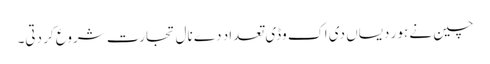
چین نے ہور دیساں دی اک وڈی تعداد دے نال تجارت شروع کر دتی۔